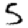
Digit: 5